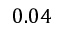
0 . 0 4